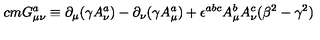
\hspace { 3 c m } G _ { \mu \nu } ^ { a } \equiv \partial _ { \mu } ( \gamma A _ { \nu } ^ { a } ) - \partial _ { \nu } ( \gamma A _ { \mu } ^ { a } ) + \epsilon ^ { a b c } A _ { \mu } ^ { b } A _ { \nu } ^ { c } ( \beta ^ { 2 } - \gamma ^ { 2 } )